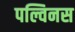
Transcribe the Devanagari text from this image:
पल्विनस